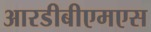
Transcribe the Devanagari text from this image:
आरडीबीएमएस